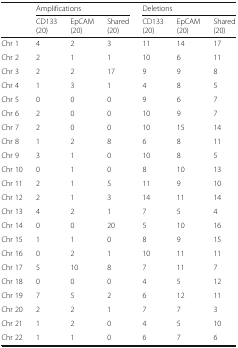
<table><thead><tr><td></td><td colspan="3"><b>Amplifications</b></td><td colspan="3"><b>Deletions</b></td></tr><tr><td></td><td><b>CD133(20)</b></td><td><b>EpCAM(20)</b></td><td><b>Shared(20)</b></td><td><b>CD133(20)</b></td><td><b>EpCAM(20)</b></td><td><b>Shared(20)</b></td></tr></thead><tbody><tr><td>Chr 1</td><td>4</td><td>2</td><td>3</td><td>11</td><td>14</td><td>17</td></tr><tr><td>Chr 2</td><td>2</td><td>1</td><td>1</td><td>10</td><td>6</td><td>11</td></tr><tr><td>Chr 3</td><td>2</td><td>2</td><td>17</td><td>9</td><td>9</td><td>8</td></tr><tr><td>Chr 4</td><td>1</td><td>3</td><td>1</td><td>4</td><td>8</td><td>5</td></tr><tr><td>Chr 5</td><td>0</td><td>0</td><td>0</td><td>9</td><td>6</td><td>7</td></tr><tr><td>Chr 6</td><td>2</td><td>0</td><td>0</td><td>10</td><td>9</td><td>7</td></tr><tr><td>Chr 7</td><td>2</td><td>0</td><td>0</td><td>10</td><td>15</td><td>14</td></tr><tr><td>Chr 8</td><td>1</td><td>2</td><td>8</td><td>6</td><td>8</td><td>11</td></tr><tr><td>Chr 9</td><td>3</td><td>1</td><td>0</td><td>10</td><td>8</td><td>5</td></tr><tr><td>Chr 10</td><td>0</td><td>1</td><td>0</td><td>8</td><td>10</td><td>13</td></tr><tr><td>Chr 11</td><td>2</td><td>1</td><td>5</td><td>11</td><td>9</td><td>10</td></tr><tr><td>Chr 12</td><td>2</td><td>1</td><td>3</td><td>14</td><td>11</td><td>14</td></tr><tr><td>Chr 13</td><td>4</td><td>2</td><td>1</td><td>7</td><td>5</td><td>4</td></tr><tr><td>Chr 14</td><td>0</td><td>0</td><td>20</td><td>5</td><td>10</td><td>16</td></tr><tr><td>Chr 15</td><td>1</td><td>1</td><td>0</td><td>8</td><td>9</td><td>15</td></tr><tr><td>Chr 16</td><td>0</td><td>2</td><td>1</td><td>10</td><td>11</td><td>11</td></tr><tr><td>Chr 17</td><td>5</td><td>10</td><td>8</td><td>7</td><td>11</td><td>7</td></tr><tr><td>Chr 18</td><td>0</td><td>0</td><td>0</td><td>4</td><td>5</td><td>12</td></tr><tr><td>Chr 19</td><td>7</td><td>5</td><td>2</td><td>6</td><td>12</td><td>11</td></tr><tr><td>Chr 20</td><td>2</td><td>2</td><td>1</td><td>7</td><td>7</td><td>3</td></tr><tr><td>Chr 21</td><td>1</td><td>2</td><td>0</td><td>4</td><td>5</td><td>10</td></tr><tr><td>Chr 22</td><td>1</td><td>1</td><td>0</td><td>6</td><td>7</td><td>6</td></tr></tbody></table>